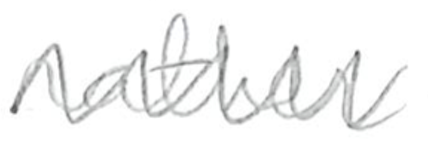
Text: rather
Cross-out: zig-zag
Writing tool: pencil